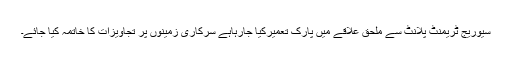
سیوریج ٹریمنٹ پلانٹ سے ملحق علاقے میں پارک تعمیرکیا جارہاہے سرکاری زمینوں پر تجاویزات کا خاتمہ کیا جائے۔